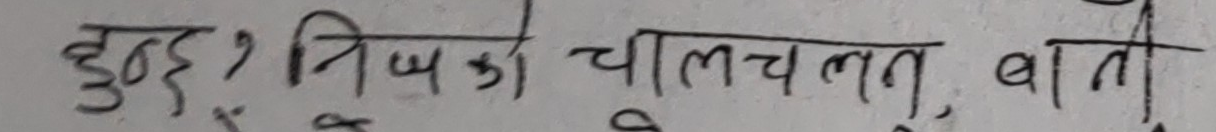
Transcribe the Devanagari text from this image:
हुन्छ? निज़को चालचलन, बाती।